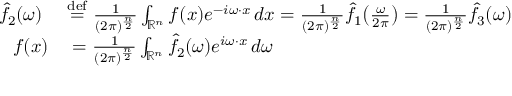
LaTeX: \begin{array} { r l } { { \hat { f } } _ { 2 } ( \omega ) \ } & { { } { \stackrel { \mathrm { d e f } } { = } } \ { \frac { 1 } { ( 2 \pi ) ^ { \frac { n } { 2 } } } } \int _ { \mathbb { R } ^ { n } } f ( x ) e ^ { - i \omega \cdot x } \, d x = { \frac { 1 } { ( 2 \pi ) ^ { \frac { n } { 2 } } } } { \hat { f } } _ { 1 } \! \left( { \frac { \omega } { 2 \pi } } \right) = { \frac { 1 } { ( 2 \pi ) ^ { \frac { n } { 2 } } } } { \hat { f } } _ { 3 } ( \omega ) } \\ { f ( x ) } & { { } = { \frac { 1 } { ( 2 \pi ) ^ { \frac { n } { 2 } } } } \int _ { \mathbb { R } ^ { n } } { \hat { f } } _ { 2 } ( \omega ) e ^ { i \omega \cdot x } \, d \omega } \end{array}